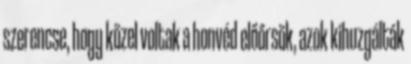
szerencse, hogy közel voltak a honvéd előőrsök, azok kihuzgálták